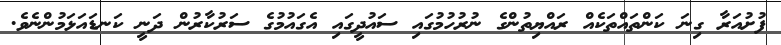
ފުށުއަރާ ގިނަ ކަންތައްތަކެއް ރައްޔިތުންގެ ނުރުހުމުގައި ސައުދީގައި އެގައުމުގެ ސަރުކާރުން ދަނީ ކަނޑައަޅަމުންނެވެ.